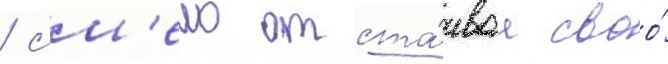
/ см'ело отста́иваа своо́